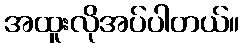
အထူးလိုအပ်ပါတယ်။